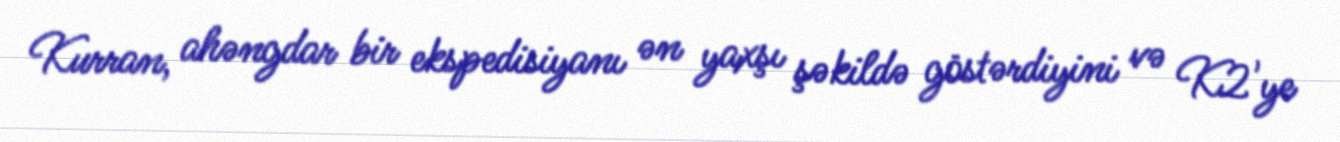
Kurran, ahəngdar bir ekspedisiyanı ən yaxşı şəkildə göstərdiyini və K2'ye